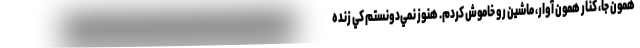
همون جا، كنار همون آوار، ماشين رو خاموش كردم. هنوز نمي‌دونستم كي زنده